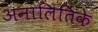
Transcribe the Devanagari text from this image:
अनालितिके